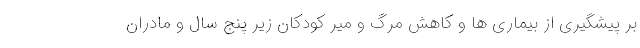
بر پیشگیری از بیماری ها و کاهش مرگ و میر کودکان زیر پنج سال و مادران